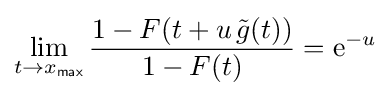
\lim _{t\rightarrow x_{\mathsf {max}}}{\frac {1-F(t+u\,{\tilde {g}}(t))}{1-F(t)}}=\mathrm {e} ^{-u}